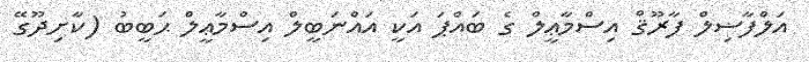
އަލްފާޟިލް ފާރޫޤް އިސްމާޢީލް ގެ ބައްޕަ އަކީ އައްނަބީލް އިސްމާޢީލް ޙަބީބު (ކާށިދޫގޭ